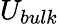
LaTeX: U_{bulk}